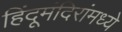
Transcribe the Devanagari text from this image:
हिंदूमंदिरांमध्ये